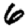
Digit: 6